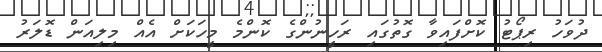
ދުވަހު ރިޕޯޓު ކޮށްފައިވާ ގޮތުގައި ރަހީނުންގެ ކޮންމެ މީހަކަށް އެއް މިލިއަން ޑޮލަރު